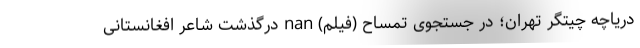
دریاچه چیتگر تهران؛ در جستجوی تمساح (فیلم) nan درگذشت شاعر افغانستانی